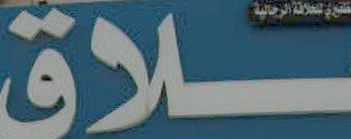
ـــلاق